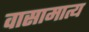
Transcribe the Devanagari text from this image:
वासामात्य